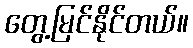
တွေ့မြင်နိုင်တယ်။